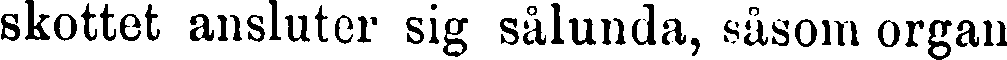
skottet ansluter sig sålunda, såsom organ